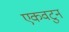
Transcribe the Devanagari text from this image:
एकवटुन